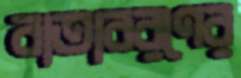
বাতাবরণের